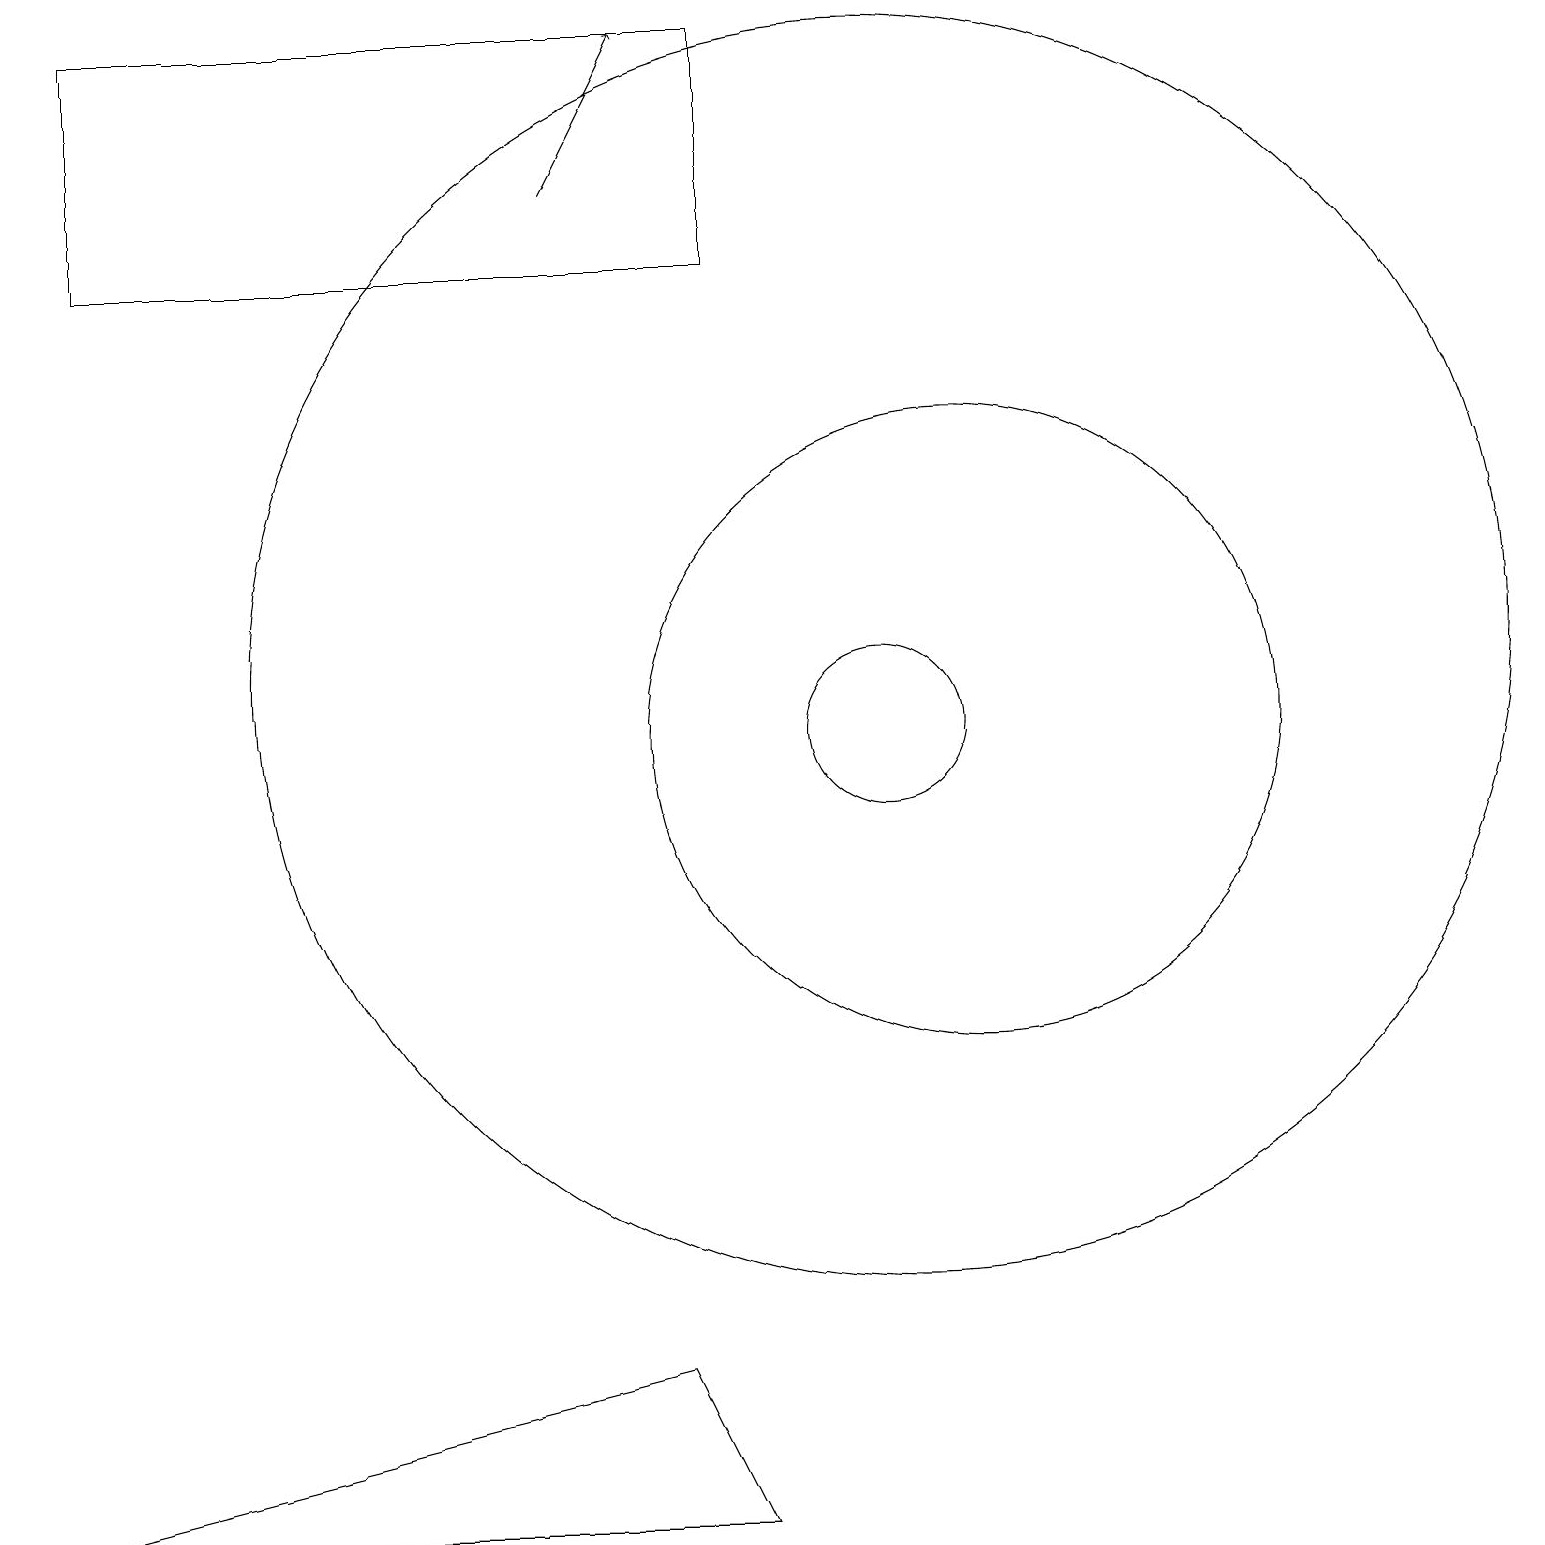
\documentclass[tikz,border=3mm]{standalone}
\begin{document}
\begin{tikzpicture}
\draw (9,0) -- (0,0) -- (8,2) -- cycle;
\draw (1,16) rectangle (9,19);
\draw (12,10) circle (4);
\draw (11,10) circle (1);
\draw[->] (7,17) -- (8,19);
\draw (11,11) circle (8);
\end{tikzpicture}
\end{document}